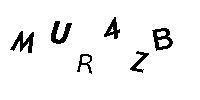
MUR4ZB